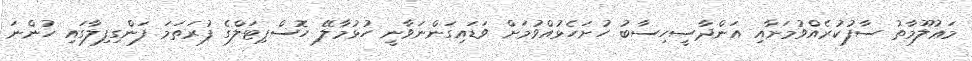
މަޢުލޫމާތު ސާފުކުރެއްވުމަށާއި އަންދާސީހިސާބު ހުށަހެޅުއްވުމަށް ވަޑައިގަންނަވާނީ ހުޅުމާލޭ ހޮސްޕިޓަލްގެ ފުރަތަމަ ފަންގިފިލާގައި ހުންނަ